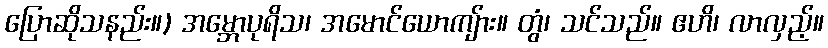
ပြောဆိုသနည်း။) အမ္ဘောပုရိသ၊ အမောင်ယောကျ်ား။ တွံ၊ သင်သည်။ ဧဟိ၊ လာလှည့်။